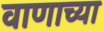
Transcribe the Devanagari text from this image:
वाणाच्या